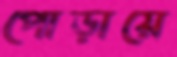
পোড়ায়ে